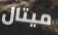
ميتال